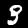
Label: 3